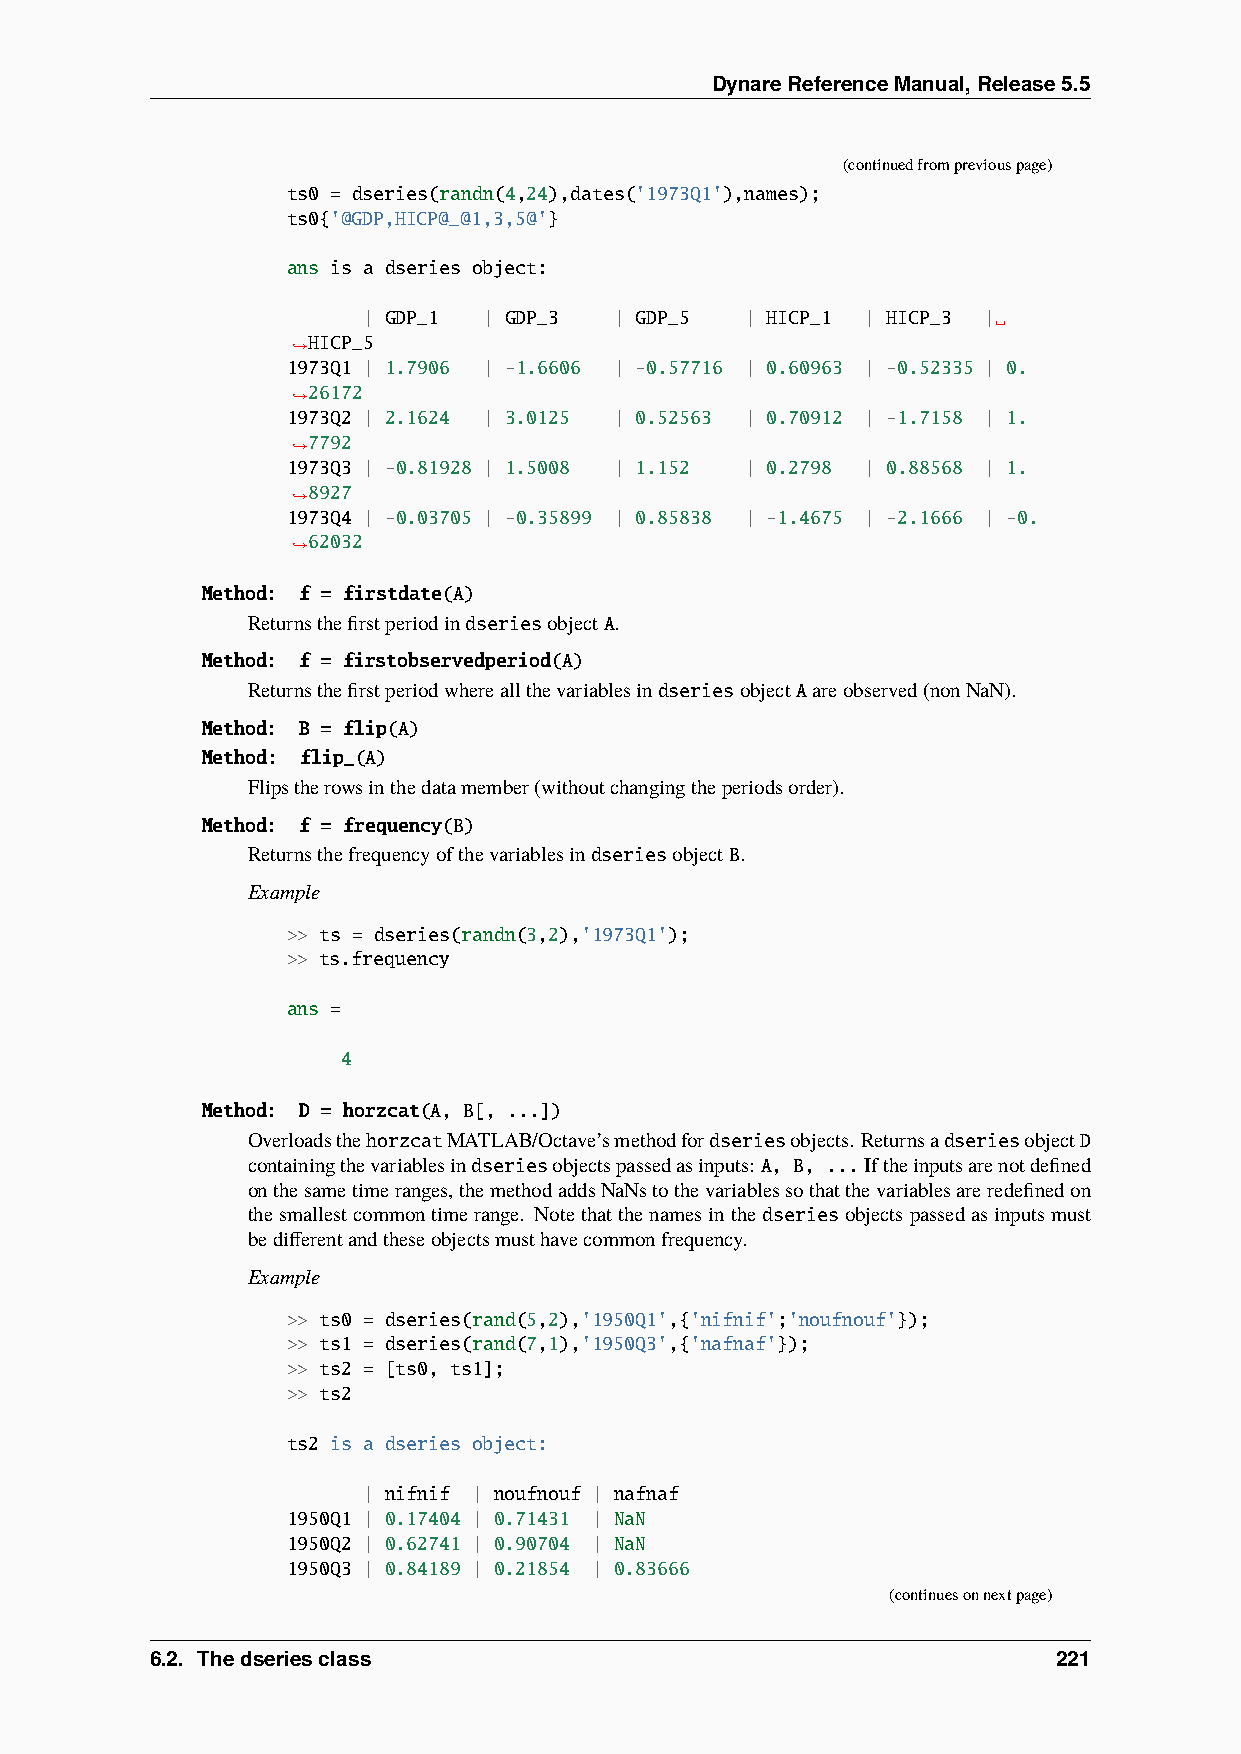
DynareReferenceManual,Release5.5
 (continuedfrompreviouspage)
 ts0 = dseries(randn(4,24),dates('1973Q1'),names);
 ts0{'@GDP,HICP@_@1,3,5@'}
 ans is a dseries object:
 | GDP_1 | GDP_3  | GDP_5 | HICP_1 | HICP_3 |␣
 HICP_5
 ˓→
 1973Q1 | 1.7906 | -1.6606 | -0.57716 | 0.60963 | -0.52335 | 0.
 26172
 ˓→
 1973Q2 | 2.1624 | 3.0125 | 0.52563 | 0.70912 | -1.7158 | 1.
 7792
 ˓→
 1973Q3 | -0.81928 | 1.5008 | 1.152 | 0.2798 | 0.88568 | 1.
 8927
 ˓→
 1973Q4 | -0.03705 | -0.35899 | 0.85838 | -1.4675 | -2.1666 | -0.
 62032
 ˓→
 Method: f = firstdate(A)
 ReturnsthefirstperiodindseriesobjectA.
 Method: f = firstobservedperiod(A)
 ReturnsthefirstperiodwhereallthevariablesindseriesobjectAareobserved(nonNaN).
 Method: B = flip(A)
 Method: flip_(A)
 Flipstherowsinthedatamember(withoutchangingtheperiodsorder).
 Method: f = frequency(B)
 ReturnsthefrequencyofthevariablesindseriesobjectB.
 Example
 >> ts = dseries(randn(3,2),'1973Q1');
 >> ts.frequency
 ans =
 4
 Method: D = horzcat(A, B[, ...])
 OverloadsthehorzcatMATLAB/Octave’smethodfordseriesobjects. ReturnsadseriesobjectD
 containingthevariablesindseriesobjectspassedasinputs: A, B, ...Iftheinputsarenotdefined
 onthesametimeranges,themethodaddsNaNstothevariablessothatthevariablesareredefinedon
 thesmallestcommontimerange. Notethatthenamesinthedseriesobjectspassedasinputsmust
 bedifferentandtheseobjectsmusthavecommonfrequency.
 Example
 >> ts0 = dseries(rand(5,2),'1950Q1',{'nifnif';'noufnouf'});
 >> ts1 = dseries(rand(7,1),'1950Q3',{'nafnaf'});
 >> ts2 = [ts0, ts1];
 >> ts2
 ts2 is a dseries object:
 | nifnif | noufnouf | nafnaf
 1950Q1 | 0.17404 | 0.71431 | NaN
 1950Q2 | 0.62741 | 0.90704 | NaN
 1950Q3 | 0.84189 | 0.21854 | 0.83666
 (continuesonnextpage)
 6.2. Thedseriesclass                                        221